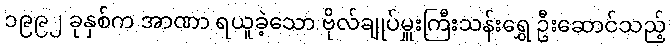
၁၉၉၂ ခုနှစ်က အာဏာ ရယူခဲ့သော ဗိုလ်ချုပ်မှူးကြီးသန်းရွှေ ဦးဆောင်သည့်